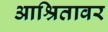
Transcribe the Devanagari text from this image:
आश्रितावर